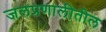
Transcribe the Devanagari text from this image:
जलप्रणालीतील